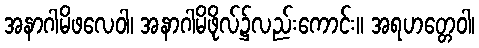
အနာဂါမိဖလေဝါ၊ အနာဂါမိဖိုလ်၌လည်းကောင်း။ အရဟတ္တေဝါ၊